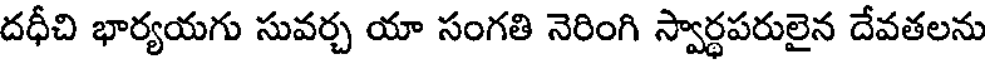
దధీచి భార్యయగు సువర్చ యా సంగతి నెరింగి స్వార్ధపరులైన దేవతలను